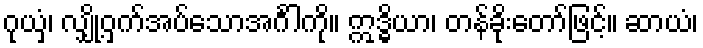
ဂုယှံ၊ လျှို့ဝှက်အပ်သောအင်္ဂါကို။ ဣဒ္ဓိယာ၊ တန်ခိုးတော်ဖြင့်။ ဆာယံ၊